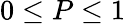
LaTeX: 0\leq P\leq 1